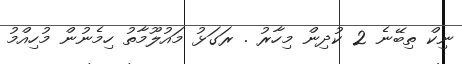
ނިކް ތިބޭނެ 2 ކުދިން މިހާރު . ރަގަޅު މައުލޫމާތު ހިމެނުން މުހިއްމު